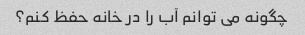
چگونه می توانم آب را در خانه حفظ کنم؟